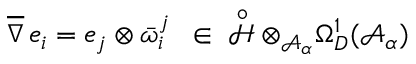
\overline { { { \nabla } } } \, e _ { i } = e _ { j } \otimes \bar { \omega } _ { i } ^ { j } \ \, \in \; \displaystyle \mathop { { \mathcal H } } ^ { \circ } \otimes _ { { \mathcal A } _ { \alpha } } \Omega _ { D } ^ { 1 } ( { \mathcal A } _ { \alpha } )